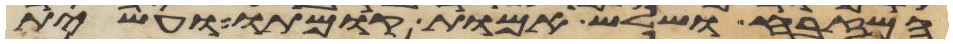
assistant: המזבח ושלש אמות קומתו ועשית